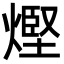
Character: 熞